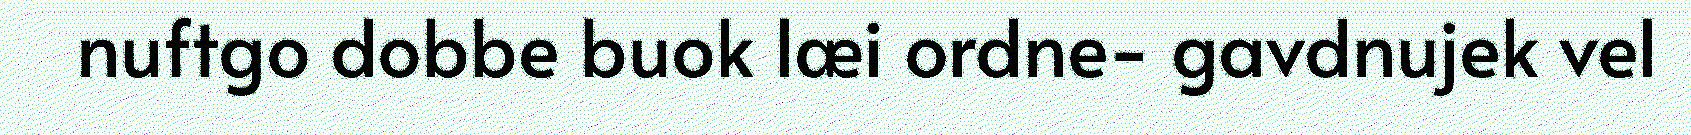
nuftgo dobbe buok læi ordne- gavdnujek vel